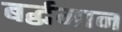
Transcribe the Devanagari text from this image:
बर्द्धमान